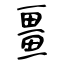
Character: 畺